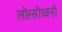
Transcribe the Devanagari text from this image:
लोस्सीध्वनी